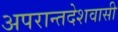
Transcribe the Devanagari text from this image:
अपरान्तदेशवासी